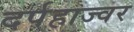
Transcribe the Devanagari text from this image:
दर्पहाज्वर